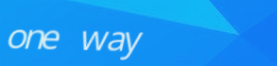
one way